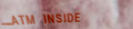
ATM INSIDE